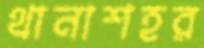
থানাশহর